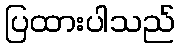
ပြထားပါသည်